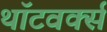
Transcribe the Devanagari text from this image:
थॉटवर्क्स